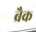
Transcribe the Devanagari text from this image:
ब्रैक